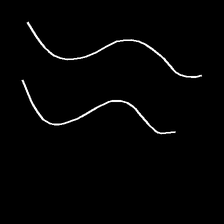
Glyph: float